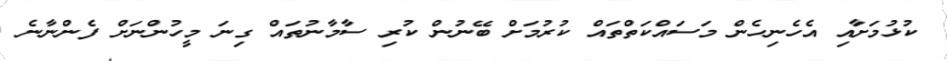
ކުޅުމަށާއި އެހެނިހެން މަސައްކަތްތައް ކުރުމަށް ބޭނުން ކުރި ސާމާނުތައް ގިނަ މީހުންނަށް ފެންނާނެ